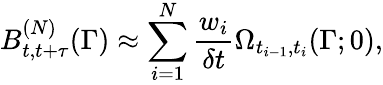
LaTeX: B_{t,t+\tau}^{(N)}(\Gamma)\approx\sum_{i=1}^{N}\frac{w_{i}}{\delta t}\Omega_{t_{i-1},t_{i}}(\Gamma;0),